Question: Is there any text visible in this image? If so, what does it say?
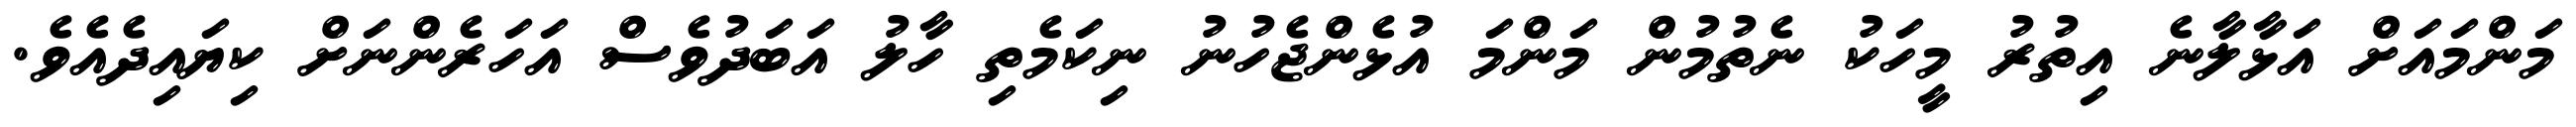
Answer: މަންމައަށް އަޅާލާނެ އިތުރު މީހަކު ނެތުމުން މަންމަ އުޅެންޖެހުނު ނިކަމެތި ހާލު އަބަދުވެސް އަހަރެންނަށް ކިޔައިދެއެވެ.